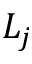
L _ { j }